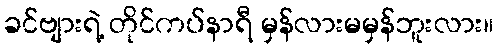
ခင်ဗျားရဲ့ တိုင်ကပ်နာရီ မှန်လားမမှန်ဘူးလား။